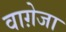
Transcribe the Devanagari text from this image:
वाग़ेजा